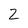
Character: 2